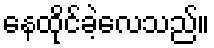
နေထိုင်ခဲ့လေသည်။